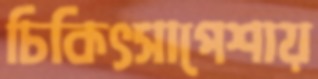
চিকিৎসাপেশায়